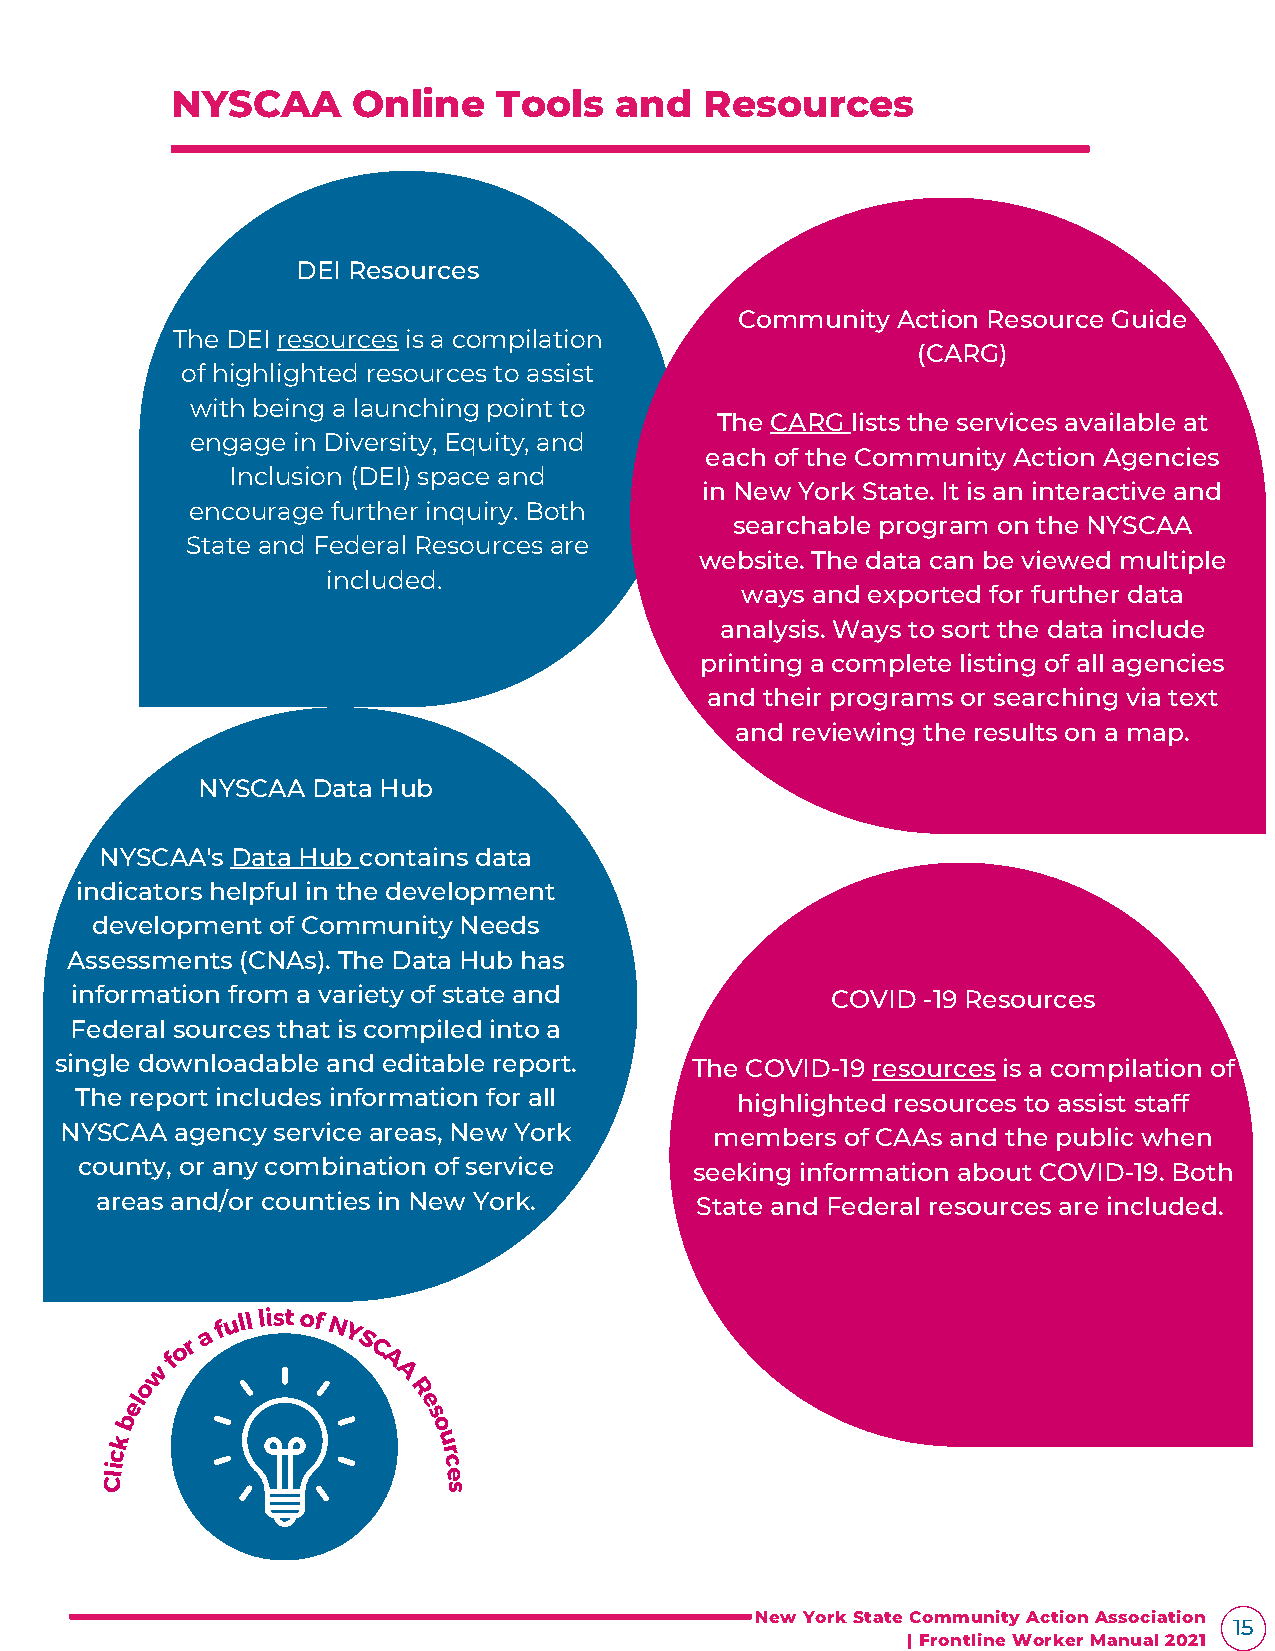
NYSCAA      Online    Tools   and   Resources
 DEI Resources
 Community Action Resource Guide
 The DEI resources is a compilation
 (CARG)
 of highlighted resources to assist
 with being a launching point to
 The CARG lists the services available at
 engage in Diversity, Equity, and
 each of the Community Action Agencies
 Inclusion (DEI) space and
 in New York State. It is an interactive and
 encourage further inquiry. Both
 searchable program on the NYSCAA
 State and Federal Resources are
 website. The data can be viewed multiple
 included.
 ways and exported for further data
 analysis. Ways to sort the data include
 printing a complete listing of all agencies
 and their programs or searching via text
 and reviewing the results on a map.
 NYSCAA  Data Hub
 NYSCAA's Data Hub contains data
 indicators helpful in the development
 development of Community Needs
 Assessments (CNAs). The Data Hub has
 information from a variety of state and           COVID -19 Resources
 Federal sources that is compiled into a
 single downloadable and editable report.  The COVID-19 resources is a compilation of
 The report includes information for all     highlighted resources to assist staff
 NYSCAA  agency service areas, New York     members  of CAAs and the public when
 county, or any combination of service    seeking information about COVID-19. Both
 areas and/or counties in New York.      State and Federal resources are included.
 a f u ll listof N Y
 o r        S C
 w f            A
 A
 o
 l                 R
 e                   e
 b                   s
 o
 k                     u
 c                     r
 i                     c
 l                     e
 C                     s
 New York State Community Action Association
 15
 | Frontline Worker Manual 2021